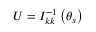
U = I _ { k k } ^ { - 1 } \left( \boldsymbol { \theta } _ { s } \right)